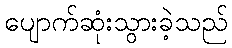
ပျောက်ဆုံးသွားခဲ့သည်